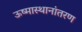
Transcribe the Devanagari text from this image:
ऊष्मास्थानांतरण